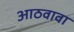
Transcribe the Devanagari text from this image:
आठवावा